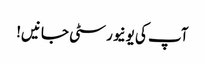
آپ کی یونیورسٹی جانیں!